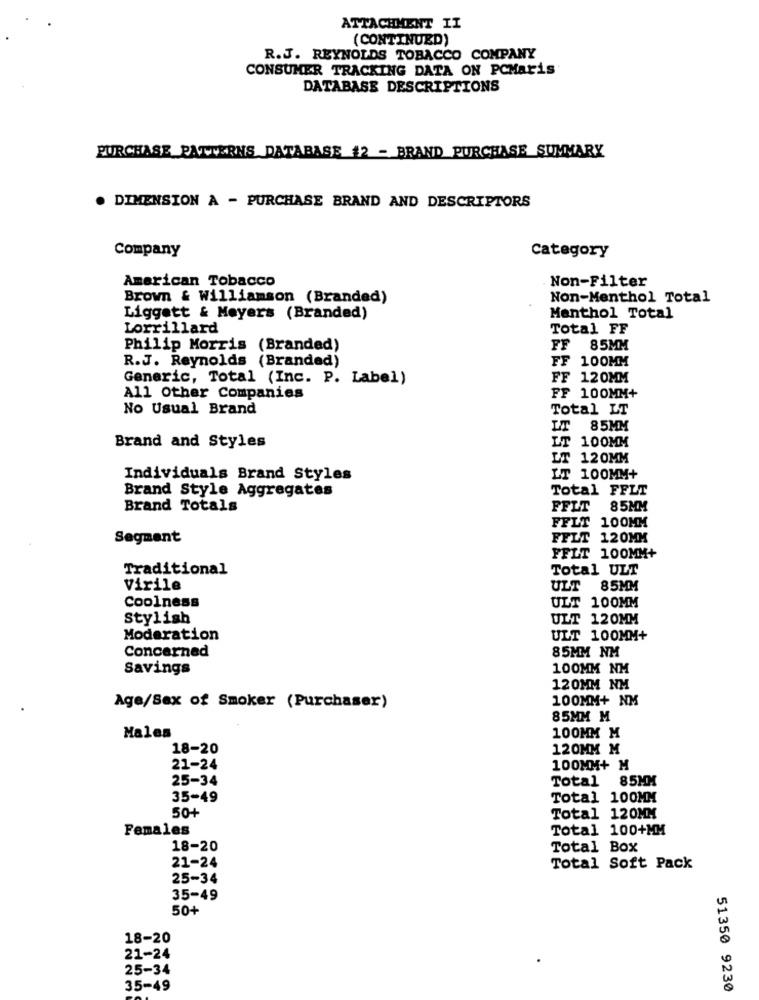
ATTACHMENT II
(CONTINUED)
R.J. REYNOLDS TOBACCO COMPANY
CONSUMER TRACKING DATA ON PCMaris
DATABASE DESCRIPTIONS
PURCHASE_PATTERNS DATABASE #2 - BRAND PURCHASE_SUMMARY
. DIMENSION À - PURCHASE BRAND AND DESCRIPTORS
Company
Category
American Tobacco
Non-Filter
Brown & Williamson (Branded)
Non-Menthol Total
Liggett & Meyers (Branded)
Menthol Total
Lorrillard
Total FF
Philip Morris (Branded)
FF 85MM
R.J. Reynolds (Branded)
FF 100MM
Generic, Total (Inc. P. Label)
FF 120MM
All Other Companies
FF 100MM+
No Usual Brand
Total LT
LT
85MM
Brand and Styles
LT 100MM
LT 120MM
Individuals Brand Styles
LT 100MM+
Brand Style Aggregates
Total FFLT
Brand Totals
FFLT
85MM
FFLT 100MM
Segment
FFLT 120MM
FFLT 100MM+
Traditional
Total ULT
Virile
ULT
85MM
Coolness
ULT 100MM
Stylish
ULT 120MM
Moderation
ULT 100MM+
Concerned
85MM NM
Savings
100MM NM
120MM NM
100MM+ NM
Age/Sex of Smoker (Purchaser)
85MM M
Males
100MM M
18-20
120MM M
21-24
100MM+ M
25-34
Total 85MM
35-49
Total 100MM
Total 120MM
50+
Females
Total 100+MM
18-20
Total Box
21-24
Total Soft Pack
25-34
35-49
50+
18-20
21-24
25-34
35-49
51350 9230